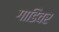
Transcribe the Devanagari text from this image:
गाडिवर